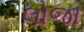
લોજા